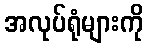
အလုပ်ရုံများကို